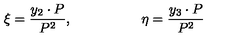
\xi = { \frac { y _ { 2 } \cdot P } { P ^ { 2 } } } , \qquad \qquad \quad \eta = { \frac { y _ { 3 } \cdot P } { P ^ { 2 } } }